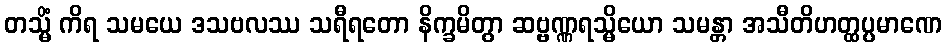
တသ္မိံ ကိရ သမယေ ဒသဗလဿ သရီရတော နိက္ခမိတွာ ဆဗ္ဗဏ္ဏရသ္မိယော သမန္တာ အသီတိဟတ္ထပ္ပမာဏေ